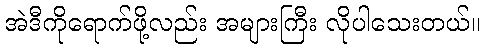
အဲဒီကိုရောက်ဖို့လည်း အများကြီး လိုပါသေးတယ်။